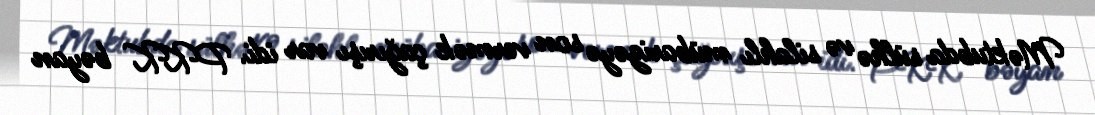
Məktubda sülhə və silahlı mübarizəyə son vermək çağırışı var idi. PKK bəyan